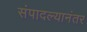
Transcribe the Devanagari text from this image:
संपादल्यानंतर